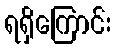
ရရှိကြောင်း